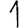
Digit: 1